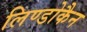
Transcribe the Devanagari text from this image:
लिण्डोकैन